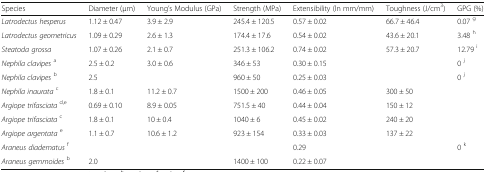
| Species | Diameter (μm) | Young’s Modulus (GPa) | Strength (MPa) | Extensibility (ln mm/mm) | Toughness (J/cm3) | GPG (%) |
 | --- | --- | --- | --- | --- | --- | --- |
 | Latrodectus hesperus | 1.12 ± 0.47 | 3.9 ± 2.9 | 245.4 ± 120.5 | 0.57 ± 0.02 | 66.7 ± 46.4 | 0.07 g |
 | Latrodectus geometricus | 1.09 ± 0.29 | 2.6 ± 1.3 | 174.4 ± 17.6 | 0.54 ± 0.02 | 43.6 ± 20.1 | 3.48 h |
 | Steatoda grossa | 1.07 ± 0.26 | 2.1 ± 0.7 | 251.3 ± 106.2 | 0.74 ± 0.02 | 57.3 ± 20.7 | 12.79 i |
 | Nephila clavipesa | 2.5 ± 0.2 | 3.0 ± 0.6 | 346 ± 53 | 0.30 ± 0.15 |  | 0 j |
 | Nephila clavipesb | 2.5 |  | 960 ± 50 | 0.25 ± 0.03 |  | 0 j |
 | Nephila inauratac | 1.8 ± 0.1 | 11.2 ± 0.7 | 1500 ± 200 | 0.46 ± 0.05 | 300 ± 50 |  |
 | Argiope trifasciatad,e | 0.69 ± 0.10 | 8.9 ± 0.05 | 751.5 ± 40 | 0.44 ± 0.04 | 150 ± 12 |  |
 | Argiope trifasciatac | 1.8 ± 0.1 | 10 ± 0.4 | 1040 ± 6 | 0.45 ± 0.02 | 240 ± 20 |  |
 | Argiope argentatae | 1.1 ± 0.7 | 10.6 ± 1.2 | 923 ± 154 | 0.33 ± 0.03 | 137 ± 22 |  |
 | Araneus diadematusf |  |  |  | 0.29 |  | 0 k |
 | Araneus gemmoidesb | 2.0 |  | 1400 ± 100 | 0.22 ± 0.07 |  |  |